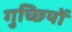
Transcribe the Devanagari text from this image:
गुच्छियों